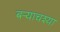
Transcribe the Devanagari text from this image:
बर्‍याचश्या